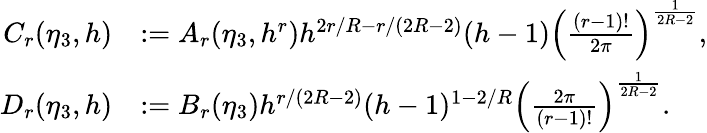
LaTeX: \begin{array}{rl}{C_{r}(\eta_{3},h)}&{:=A_{r}(\eta_{3},h^{r})h^{2r/R-r/(2R-2)}(h-1)\left(\frac{(r-1)!}{2\pi}\right)^{\frac{1}{2R-2}},}\\ {D_{r}(\eta_{3},h)}&{:=B_{r}(\eta_{3})h^{r/(2R-2)}(h-1)^{1-2/R}\left(\frac{2\pi}{(r-1)!}\right)^{\frac{1}{2R-2}}.}\end{array}